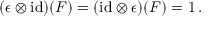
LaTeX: ( \epsilon \otimes \mathrm { i d } ) ( F ) = ( \mathrm { i d } \otimes \epsilon ) ( F ) = 1 \, .